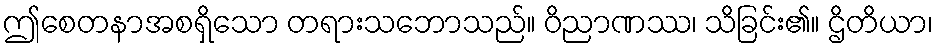
ဤစေတနာအစရှိသော တရားသဘောသည်။ ဝိညာဏဿ၊ သိခြင်း၏။ ဌိတိယာ၊